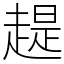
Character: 趧